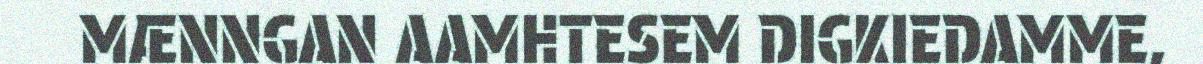
MÆNNGAN AAMHTESEM DIGKIEDAMME,